Annual report of the Civil Veterinary Department, Bengal, for the year 1898-99 - 1898-1899
Year: 1898
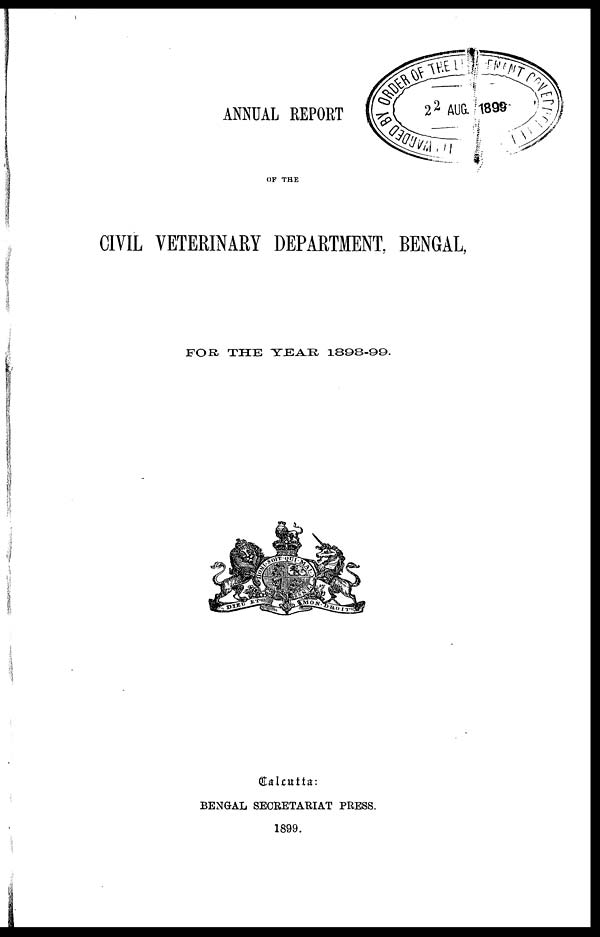
ANNUAL REPORT
OF THE
CIVIL VETERINARY DEPARTMENT, BENGAL,
FOR THE TEAR 1898-99.
Calcutta:
BENGAL SECRETARIAT PRESS.
1899.